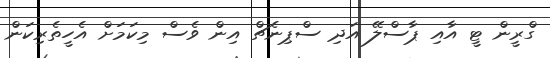
ގްރީން ޓީ އާއި ޕާސްލޭ އަދި ސްޕިނެޗް އިން ވެސް މިކަމަށް އެހީތެރިކަން